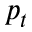
p _ { t }